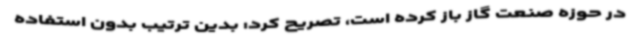
در حوزه صنعت گاز باز کرده است، تصریح کرد: بدین ترتیب بدون استفاده